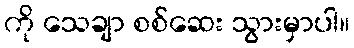
ကို သေချာ စစ်ဆေး သွားမှာပါ။